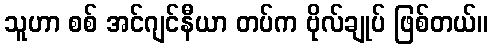
သူဟာ စစ် အင်ဂျင်နီယာ တပ်က ဗိုလ်ချုပ် ဖြစ်တယ်။